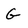
Character: G